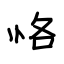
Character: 恪